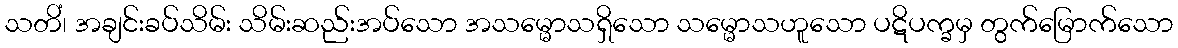
သတိံ၊ အချင်းခပ်သိမ်း သိမ်းဆည်းအပ်သော အသမ္မောသရှိသော သမ္မောသဟူသော ပဋိပက္ခမှ တွက်မြောက်သော